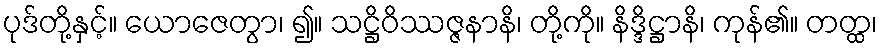
ပုဒ်တို့နှင့်။ ယောဇေတွာ၊ ၍။ သဋ္ဌိဝိဿဇ္ဇနာနိ၊ တို့ကို။ နိဒ္ဒိဋ္ဌာနိ၊ ကုန်၏။ တတ္ထ၊